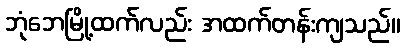
ဘုံဘေမြို့ထက်လည်း အထက်တန်းကျသည်။